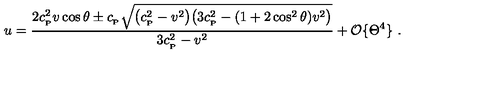
u = { \frac { 2 c _ { _ \mathrm { P } } ^ { 2 } v \cos \theta \pm c _ { _ \mathrm { P } } \sqrt { \big ( c _ { _ \mathrm { P } } ^ { 2 } - v ^ { 2 } \big ) \big ( 3 c _ { _ \mathrm { P } } ^ { 2 } - ( 1 + 2 \cos ^ { 2 } \theta ) v ^ { 2 } \big ) } } { 3 c _ { _ \mathrm { P } } ^ { 2 } - v ^ { 2 } } } + { \cal O } \{ \Theta ^ { 4 } \} \ .